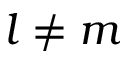
l \neq m